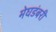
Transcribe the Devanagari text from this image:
मेघडंबरी